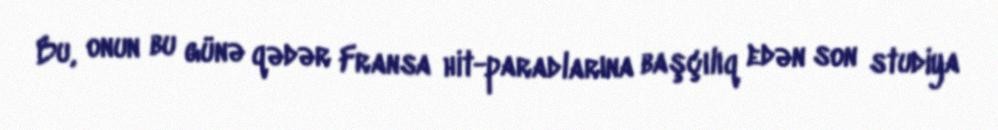
Bu, onun bu günə qədər Fransa hit-paradlarına başçılıq edən son studiya